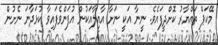
މޭކަޕް ތައްޔާރު ކޮށްދީފައެވެ. ނީނާ އަކީ ނަށާ އާއިލާއަކުން އުފަންވެފައިވާ ކުޅަދާނަ ނެށުން